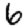
Digit: 6